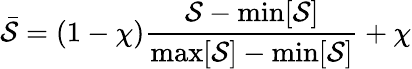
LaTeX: \bar{\mathcal{S}}=(1-\chi)\frac{\mathcal{S}-\operatorname*{min}[\mathcal{S}]}{\operatorname*{max}[\mathcal{S}]-\operatorname*{min}[\mathcal{S}]}+\chi